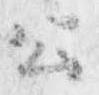
公